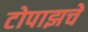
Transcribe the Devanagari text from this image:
टोपाझचे